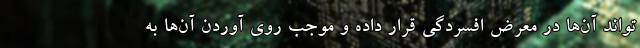
‌تواند آن‌ها در معرض افسردگی قرار داده و موجب روی آوردن آن‌ها به